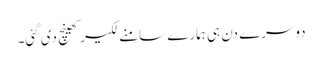
دوسرے دن ہی ہمارے سامنے لکیر کھینچ دی گئی۔